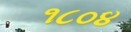
૧૮૦૪